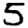
Digit: 5